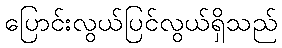
ပြောင်းလွယ်ပြင်လွယ်ရှိသည်